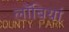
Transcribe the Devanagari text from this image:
लॉबियां